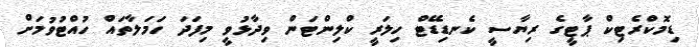
ޑިމޮކްރެޓިކް ޕާޓީގެ ރިޔާސީ ކެނޑިޑޭޓް ހިލަރީ ކްލިންޓަން ވިދާޅުވީ މިފަދަ ހަމަލާތައް ހުއްޓުވުމަށް